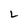
Character: L